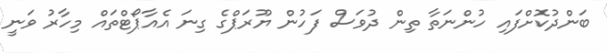
ބަންދުކޮށްފައި ހުންނަތާ ތިން ދުވަސް ފަހުން ޔޫރަޕްގެ ގިނަ އެއާޕޯޓްތައް މިހާރު ވަނީ